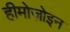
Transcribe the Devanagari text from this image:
हीमोज़ोइन